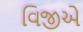
વિજીએ